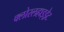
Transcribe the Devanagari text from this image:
क्लोरलहाइड्रेट